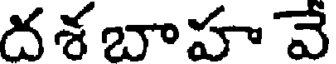
దశ బాహ వే